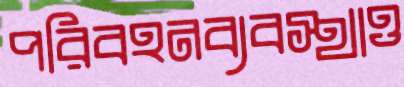
পরিবহনব্যবস্থাও